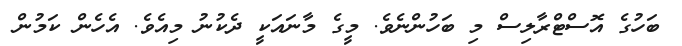
ބަހުގެ އޮސްޓްރާލިސް މި ބަހުންނެވެ. މީގެ މާނައަކީ ދެކުނު މިއެވެ. އެހެން ކަމުން